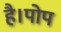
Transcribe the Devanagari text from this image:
है।पोप